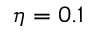
\eta = 0 . 1